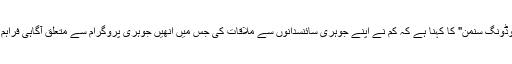
اخبار "روڈونگ سنمُن" کا کہنا ہے کہ کم نے اپنے جوہری سائنسدانوں سے ملاقات کی جس میں انھیں جوہری پروگرام سے متعلق آگاہی فراہم کی گئی۔